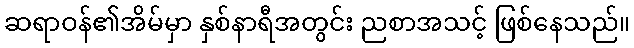
ဆရာဝန်၏အိမ်မှာ နှစ်နာရီအတွင်း ညစာအသင့် ဖြစ်နေသည်။